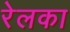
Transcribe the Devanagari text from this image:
रेलका